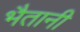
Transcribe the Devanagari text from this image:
भैतानी